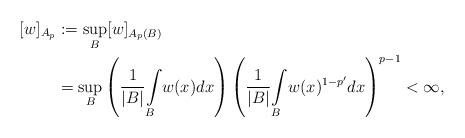
LaTeX: \begin{align*}\lbrack w]_{A_{p}} & :=\sup \limits_{B}[w]_{A_{p}(B)} \\& =\sup \limits_{B}\left( \frac{1}{|B|}{\displaystyle \int \limits_{B}}w(x)dx\right) \left( \frac{1}{|B|}{\displaystyle \int \limits_{B}}w(x)^{1-p^{\prime}}dx\right) ^{p-1}<\infty,\end{align*}